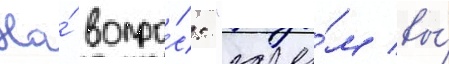
На́ вопро́с: "заче́м вы́